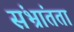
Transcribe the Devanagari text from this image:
संभ्रांतता